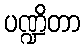
ပဏ္ဍိတာ